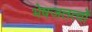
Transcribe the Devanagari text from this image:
भेषजतत्वों